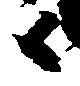
候